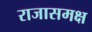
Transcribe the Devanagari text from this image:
राजासमक्ष